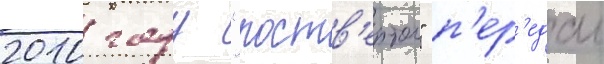
2010 году "роств'ертол" п'ер'едал